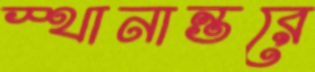
স্থানান্তরে